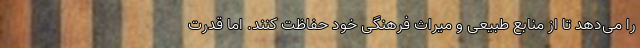
را می‌دهد تا از منابع طبیعی و میراث فرهنگی خود حفاظت کنند. اما قدرت